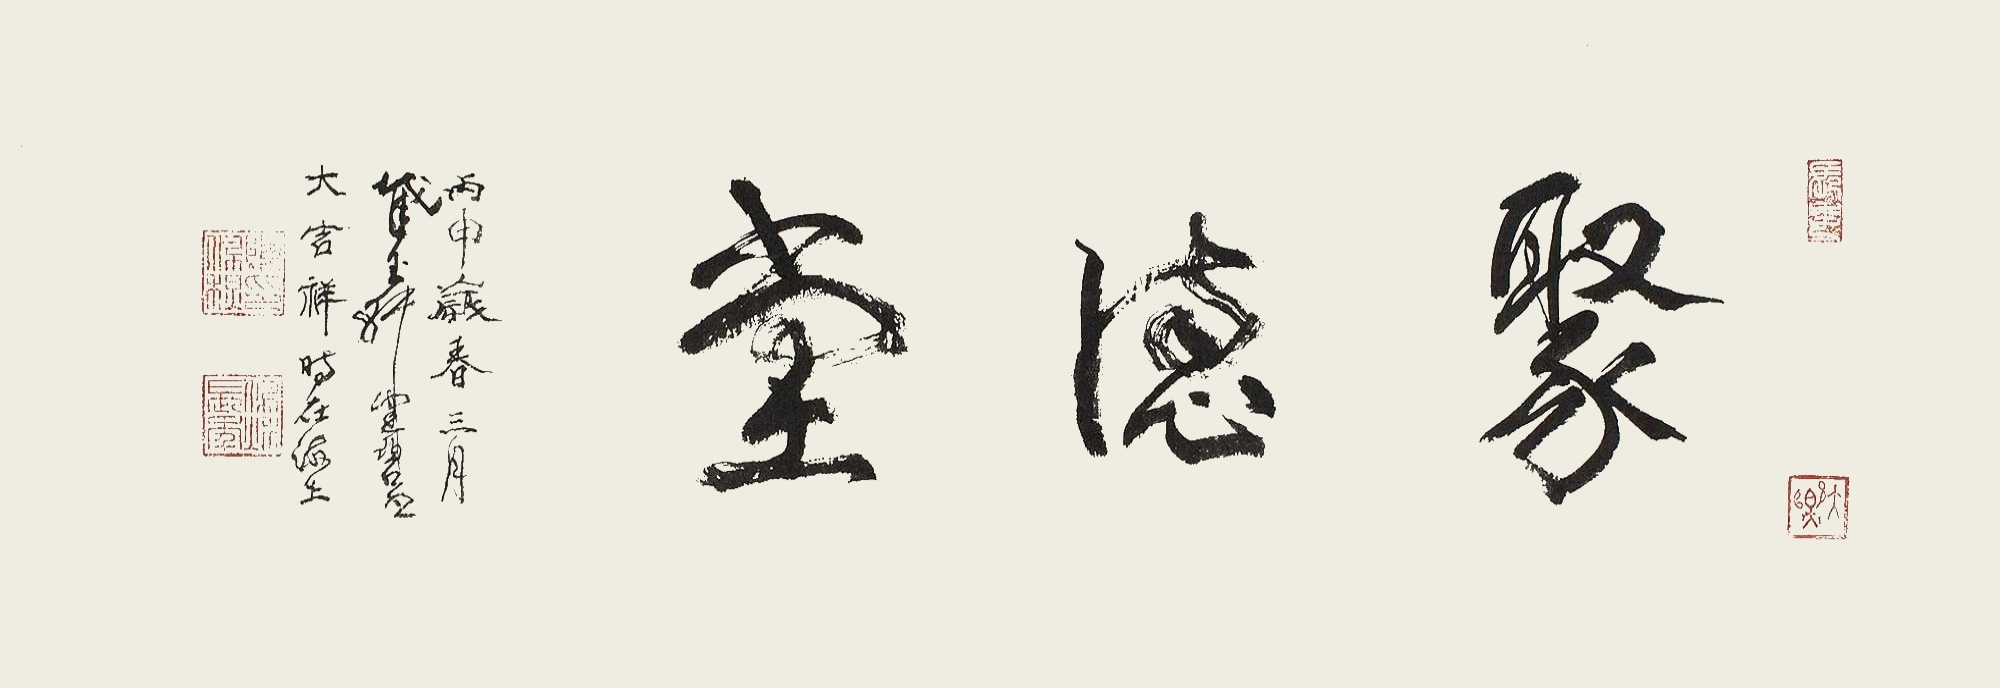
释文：聚德堂。丙申岁春三月，截玉轩健碧书，大吉祥时在海上。